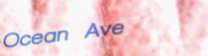
Ocean Ave